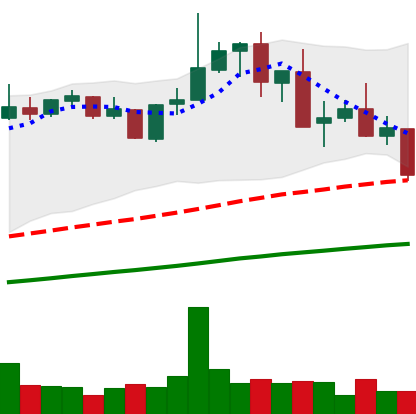
Ticker: XMR-USD
Chart end date: 2021-05-17
Forward return: -31.855%
Label: down_7plus